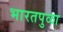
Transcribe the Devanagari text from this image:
भारतपुळा